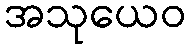
အသုယေဝ